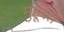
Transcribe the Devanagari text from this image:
मुहूरत